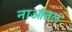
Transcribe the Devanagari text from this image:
नाआतल